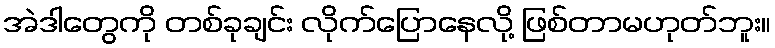
အဲဒါတွေကို တစ်ခုချင်း လိုက်ပြောနေလို့ ဖြစ်တာမဟုတ်ဘူး။